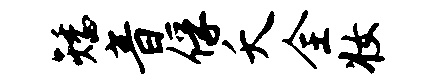
矮音俘夭全妆